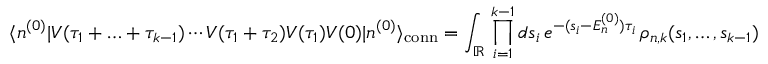
\langle n ^ { ( 0 ) } | V ( \tau _ { 1 } + \ldots + \tau _ { k - 1 } ) \dotsm V ( \tau _ { 1 } + \tau _ { 2 } ) V ( \tau _ { 1 } ) V ( 0 ) | n ^ { ( 0 ) } \rangle _ { \mathrm { c o n n } } = \int _ { \mathbb { R } } \, \prod _ { i = 1 } ^ { k - 1 } d s _ { i } \, e ^ { - ( s _ { i } - E _ { n } ^ { ( 0 ) } ) \tau _ { i } } \, \rho _ { n , k } ( s _ { 1 } , \ldots , s _ { k - 1 } )